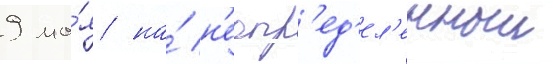
9 ма́я на́ н'еопр'ед'ел'енныи